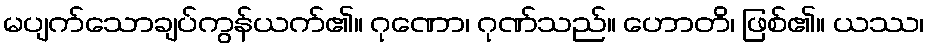
မပျက်သောချပ်ကွန်ယက်၏။ ဂုဏော၊ ဂုဏ်သည်။ ဟောတိ၊ ဖြစ်၏။ ယဿ၊